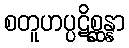
စတူဟပ္ပဋိစ္ဆန္နာ